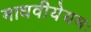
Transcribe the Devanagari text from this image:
माधवीयेयमः